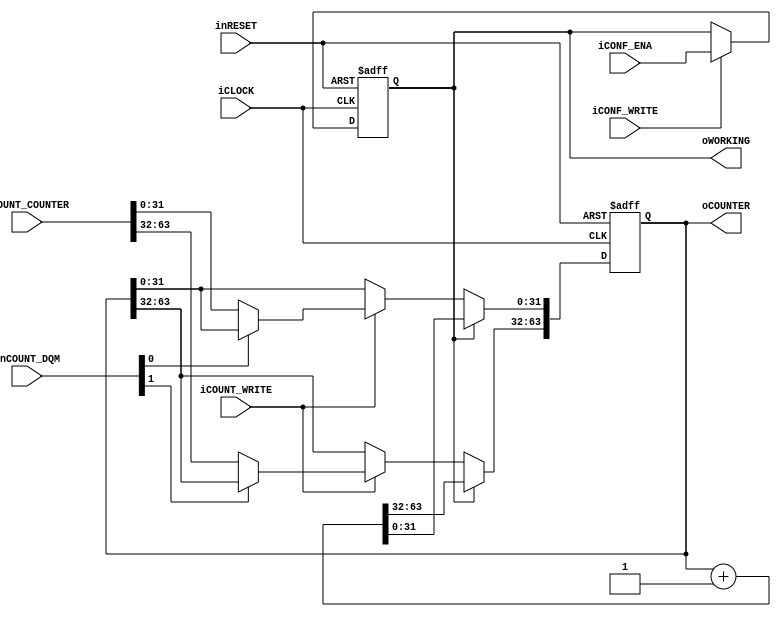
module dps_main_counter(		
		input wire iCLOCK,
		input wire inRESET,
		//Config Write
		input wire iCONF_WRITE,
		input wire iCONF_ENA,
		//Counter Write
		input wire iCOUNT_WRITE,
		input wire [1:0] inCOUNT_DQM,
		input wire [63:0] iCOUNT_COUNTER,
		//Output
		output wire oWORKING,
		output wire [63:0] oCOUNTER
	);
	
	
	//Counter
	reg b_working;
	reg [63:0] b_counter;
	always@(posedge iCLOCK or negedge inRESET)begin
		if(!inRESET)begin
			b_working <= 1'b0;
			b_counter <= {64{1'b0}};
		end
		else begin
			//Config Mode
			if(iCONF_WRITE)begin
				b_working <= iCONF_ENA;
			end
			begin
				if(b_working)begin
					//Count UP
					b_counter <= b_counter + 64'h00000001;
				end
				else begin
					//Stop
					if(iCOUNT_WRITE)begin
						b_counter[31:0] <= (!inCOUNT_DQM[0])? iCOUNT_COUNTER[31:0] : b_counter[31:0];
						b_counter[63:32] <= (!inCOUNT_DQM[1])? iCOUNT_COUNTER[63:32] : b_counter[63:32];
					end
				end
			end
		end
	end
	
	assign oCOUNTER = b_counter;
	assign oWORKING = b_working;
		
endmodule